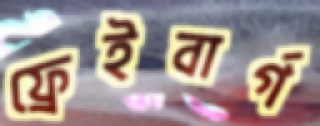
ফ্রেইবার্গ